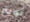
تويتر